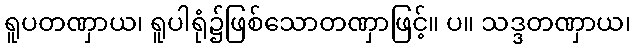
ရူပတဏှာယ၊ ရူပါရုံ၌ဖြစ်သောတဏှာဖြင့်။ ပ။ သဒ္ဒတဏှာယ၊